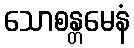
သောစန္တမေနံ